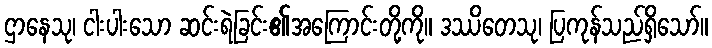
ဌာနေသု၊ ငါးပါးသော ဆင်းရဲခြင်း၏အကြောင်းတို့ကို။ ဒဿိတေသု၊ ပြကုန်သည်ရှိသော်။